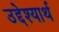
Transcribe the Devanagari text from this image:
उद्देश्यार्थ